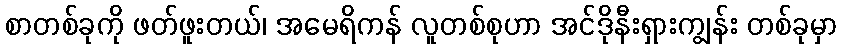
စာတစ်ခုကို ဖတ်ဖူးတယ်၊ အမေရိကန် လူတစ်စုဟာ အင်ဒိုနီးရှားကျွန်း တစ်ခုမှာ